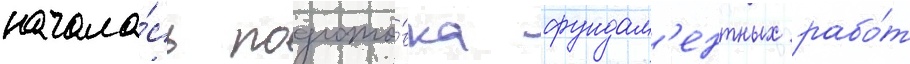
начала́сь подгото́вка фундам'ентных рабо́т